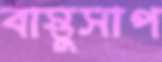
বাস্তুসাপ